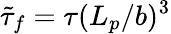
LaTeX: \tilde{\tau}_{f}=\tau(L_{p}/b)^{3}